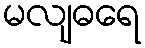
မလျဓရေ